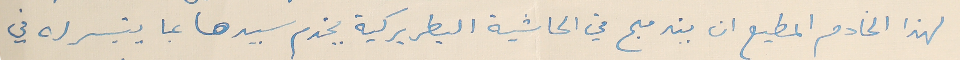
لهذا الخادم المطيع ان يندمج في الحاشية البطريركية يخدم سيدها بما يتيسر له في